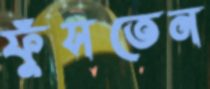
ফুঁসতেন